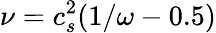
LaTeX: \nu=c_{s}^{2}(1/\omega-0.5)